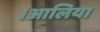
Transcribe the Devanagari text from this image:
।आलिया